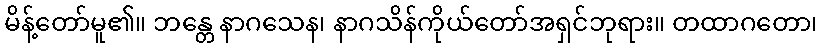
မိန့်တော်မူ၏။ ဘန္တေ နာဂသေန၊ နာဂသိန်ကိုယ်တော်အရှင်ဘုရား။ တထာဂတော၊